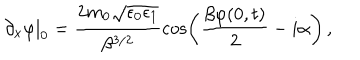
\partial _ { x } \varphi | _ { 0 } = \frac { 2 m _ { 0 } \sqrt { \epsilon _ { 0 } \epsilon _ { 1 } } } { \beta ^ { 3 / 2 } } \cos \left( \frac { \beta \varphi ( 0 , t ) } { 2 } - i \alpha \right) \, ,